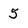
Character: 5